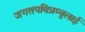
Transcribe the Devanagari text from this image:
जगतपवित्रम्बुलाई